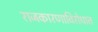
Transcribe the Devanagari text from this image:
राजकारणाविरोधात